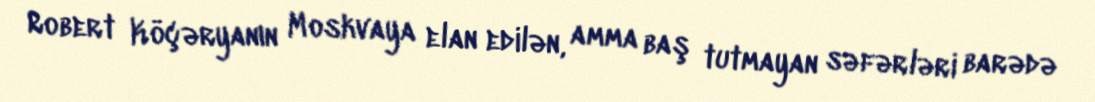
Robert Köçəryanın Moskvaya elan edilən, amma baş tutmayan səfərləri barədə